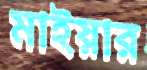
মাইয়ার